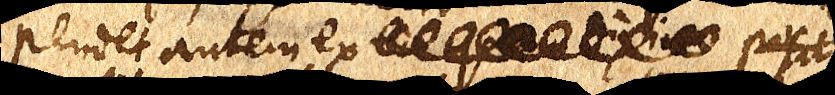
pendet autem ex xxx posit